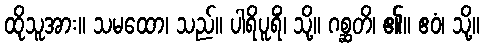
ထိုသူအား။ သမထော၊ သည်။ ပါရိပူရိံ၊ သို့။ ဂစ္ဆတိ၊ ၏။ ဧဝံ၊ သို့။